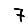
Digit: 7